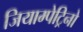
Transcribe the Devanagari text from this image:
जियाम्पेट्रिनो